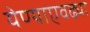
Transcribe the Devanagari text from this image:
येण्याएवढ्या